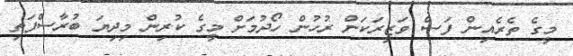
މީގެ ތެރެއިން ފަސް ވަޒީރަކަށް ރުހުން ހޯދުމަށް މީގެ ކުރިން މިދިޔަ ބުރާސްފަތި